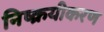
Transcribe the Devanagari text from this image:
निष्क्रयीकरण